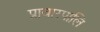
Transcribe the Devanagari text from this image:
प्रावारपालि